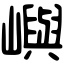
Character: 嶼